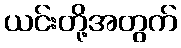
ယင်းတို့အတွက်